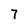
Character: 7